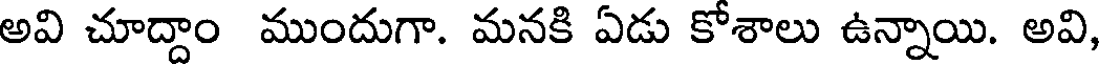
అవి చూద్దాం ముందుగా. మనకి ఏడు కోశాలు ఉన్నాయి. అవి,